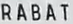
RABAT